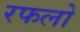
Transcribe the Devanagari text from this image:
रफलो